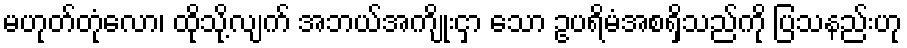
မဟုတ်တုံလော၊ ထိုသို့လျက် အဘယ်အကျိုးငှာ သော ဥပရိမံအစရှိသည်ကို ပြသနည်းဟု